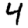
Digit: 4